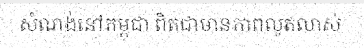
សំណង់នៅកម្ពុជា ពិតជាមានភាពលូតលាស់